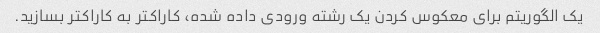
یک الگوریتم برای معکوس کردن یک رشته ورودی داده شده، کاراکتر به کاراکتر بسازید.